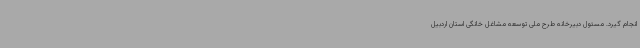
انجام گیرد. مسئول دبیرخانه طرح ملی توسعه مشاغل خانگی استان اردبیل